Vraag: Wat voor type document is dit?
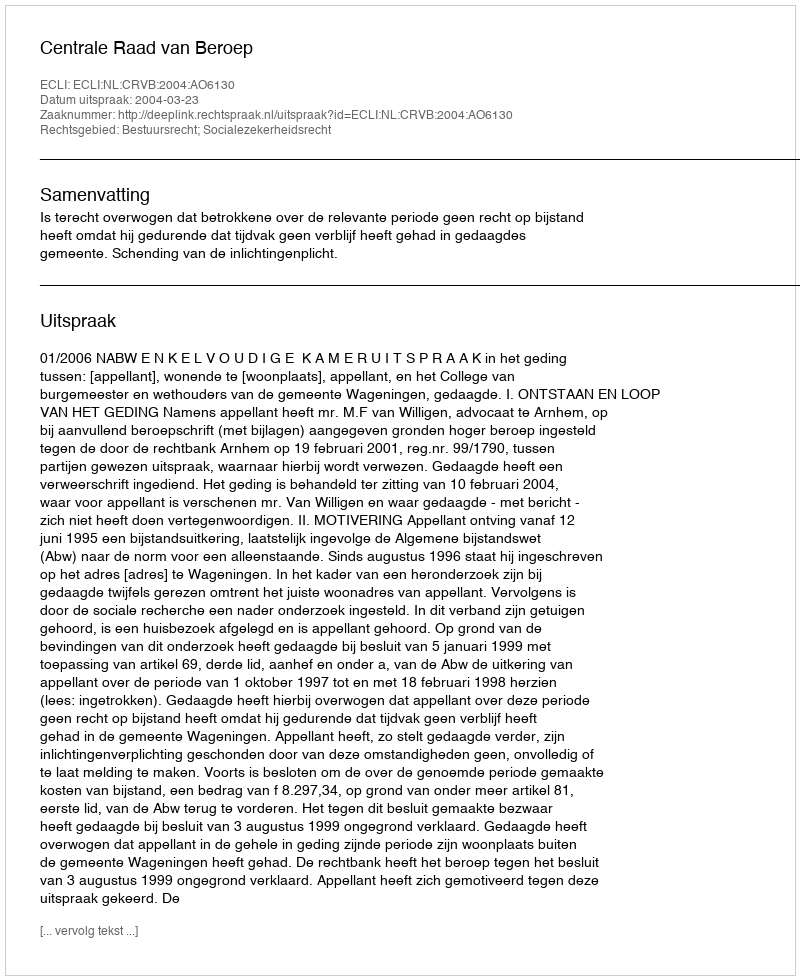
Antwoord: Uitspraak